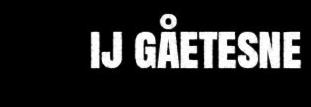
ij gåetesne